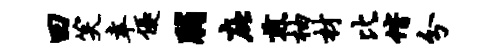
曰笑幸优脯庇煎柚材比偕分